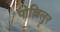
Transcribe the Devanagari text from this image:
पोल्लिलुर